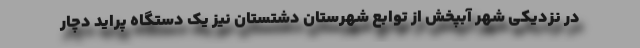
در نزدیکی شهر آبپخش از توابع شهرستان دشتستان نیز یک دستگاه پراید دچار